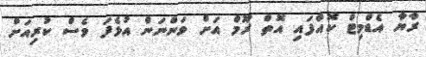
ރާޔާ އެޑްމިޓް ކޮއްފައި އޮތް ރޫމް އަށް ވަންނަން އުޅެފަ ވެސް ކުރިއަށް